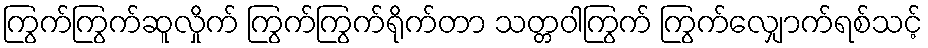
ကြွက်ကြွက်ဆူလှိုက် ကြွက်ကြွက်ရိုက်တာ သတ္တဝါကြွက် ကြွက်လျှောက်ရစ်သင့်